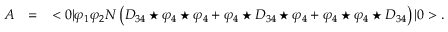
\begin{array} { r c l } { { A } } & { { = } } & { { \displaystyle < 0 | \varphi _ { 1 } \varphi _ { 2 } N \left( D _ { 3 4 } \star \varphi _ { 4 } \star \varphi _ { 4 } + \varphi _ { 4 } \star D _ { 3 4 } \star \varphi _ { 4 } + \varphi _ { 4 } \star \varphi _ { 4 } \star D _ { 3 4 } \right) | 0 > . } } \end{array}